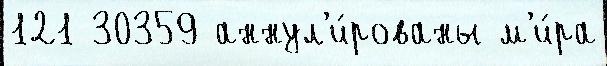
121 30359 аннул'и́рованы м'и́ра